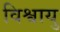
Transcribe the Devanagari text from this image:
विश्वायु